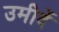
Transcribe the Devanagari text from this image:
उमीदें